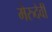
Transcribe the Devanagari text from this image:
मेरुदेवी